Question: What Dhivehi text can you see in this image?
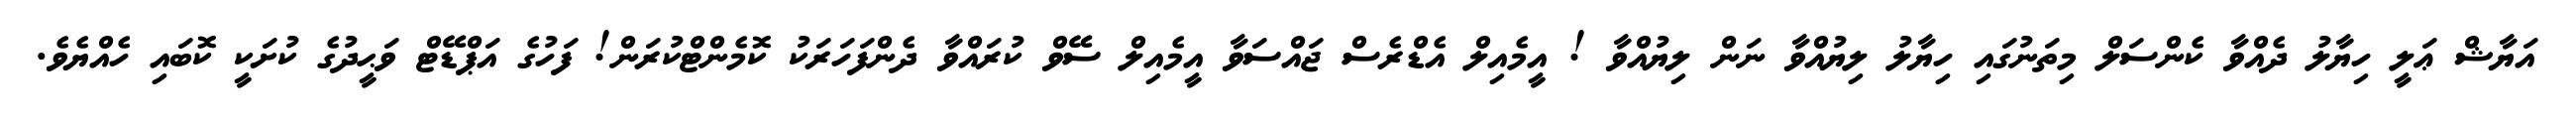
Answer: އަޔާޝް ޢަލީ ހިޔާލު ދެއްވާ ކެންސަލް މިތަނުގައި ހިޔާލު ލިޔުއްވާ ނަން ލިޔުއްވާ ! އީމެއިލް އެޑްރެސް ޖައްސަވާ އީމެއިލް ސޭވް ކުރައްވާ ދެންފަހަރަކު ކޮމެންޓްކުރަން! ފަހުގެ އަޕްޑޭޓް ވަޙީދުގެ ކުށަކީ ކޮބައި ހެއްޔެވެ.